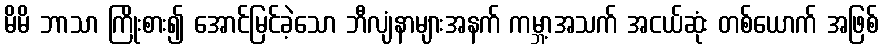
မိမိ ဘာသာ ကြိုးစား၍ အောင်မြင်ခဲ့သော ဘီလျံနာများအနက် ကမ္ဘာ့အသက် အငယ်ဆုံး တစ်ယောက် အဖြစ်